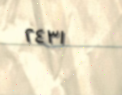
٢٤٣١